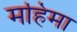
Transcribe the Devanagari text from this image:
महिमा